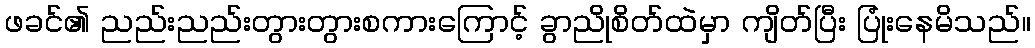
ဖခင်၏ ညည်းညည်းတွားတွားစကားကြောင့် ခွာညိုစိတ်ထဲမှာ ကျိတ်ပြီး ပြုံးနေမိသည်။